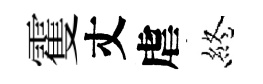
䨥丈虐終